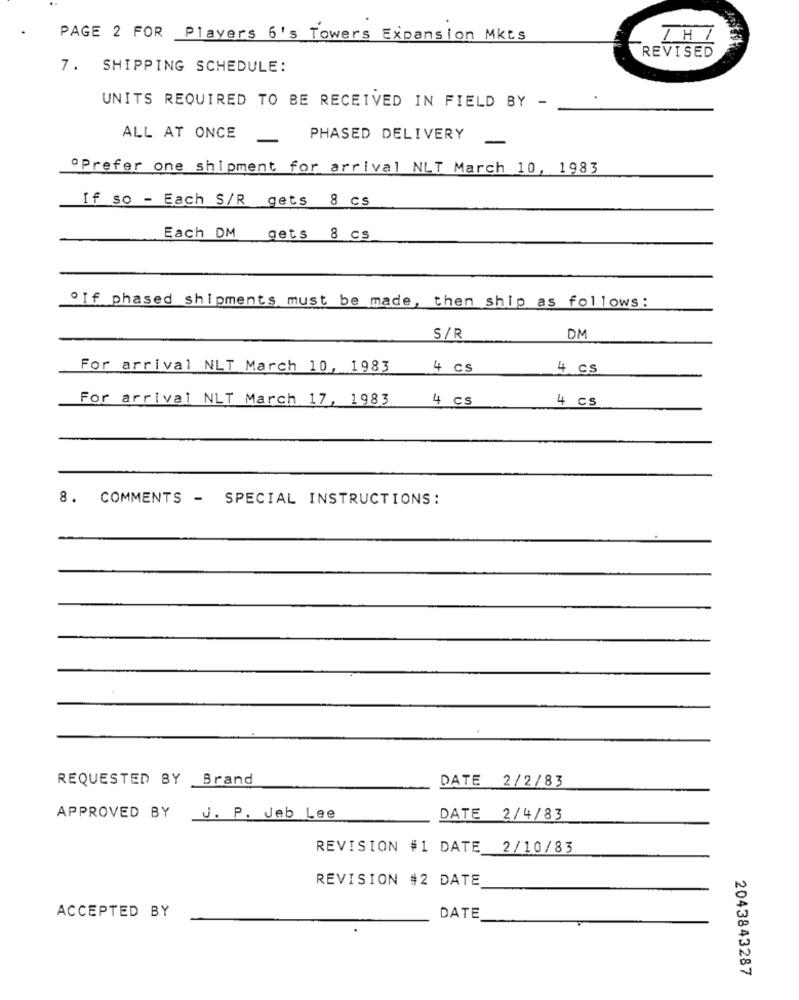
PAGE 2 FOR Players 6's Towers Expansion Mkts
REVISED
7. SHIPPING SCHEDULE:
UNITS REQUIRED TO BE RECEIVED IN FIELD BY -
ALL AT ONCE
PHASED DELIVERY
"Prefer one shipment for arrival NLT March 10, 1983
If so - Each S/R gets 8 cs
Each DM
gets 8 cs
oIf phased shipments must be made, then ship as follows:
S/R
DM
For arrival NLT March 10, 1983
4 cS
4 CS
For arrival NLT March 17, 1983
4 cs
4 cs
8. COMMENTS - SPECIAL INSTRUCTIONS:
REQUESTED BY Brand
DATE 2/2/83
APPROVED BY J. P. Jeb Lee
DATE 2/4/83
REVISION #1 DATE 2/10/83
REVISION #2 DATE
ACCEPTED BY
DATE
2043843287